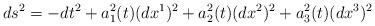
LaTeX: \begin{align*}ds^2=-dt^2+a_1^2(t)(dx^1)^2+a_2^2(t)(dx^2)^2+a_3^2(t)(dx^3)^2 \end{align*}